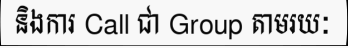
និងការ Call ជា Group តាមរយៈ